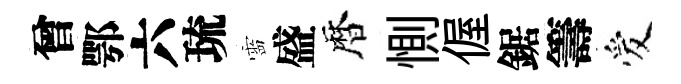
曾鄂六琉靈盛暦惻偓鋸籌爱